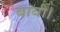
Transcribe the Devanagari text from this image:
बाबी।